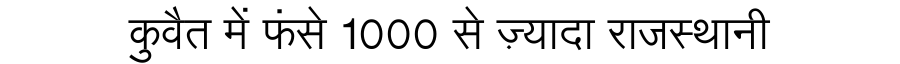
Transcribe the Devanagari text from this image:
कुवैत में फंसे 1000 से ज़्यादा राजस्थानी